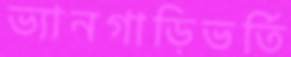
ভ্যানগাড়িভর্তি